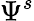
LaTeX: \Psi^{s}